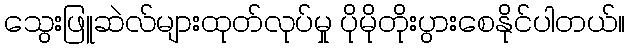
သွေးဖြူဆဲလ်များထုတ်လုပ်မှု ပိုမိုတိုးပွားစေနိုင်ပါတယ်။